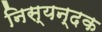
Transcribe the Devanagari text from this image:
निस्यन्दक